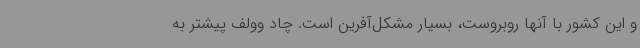
و این کشور با آنها روبروست، بسیار مشکل‌آفرین است. چاد وولف پیشتر به